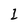
Character: I